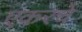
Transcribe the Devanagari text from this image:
एकरचे